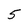
Character: 5